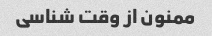
ممنون از وقت شناسی